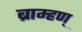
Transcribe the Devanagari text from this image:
ब्राम्हण्